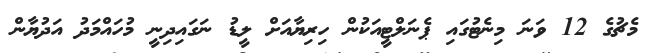
މެޗުގެ 12 ވަނަ މިނެޓުގައި ޕެނަލްޓީއަކުން ހިރިޔާއަށް ލީޑު ނަގައިދިނީ މުހައްމަދު އަދުޔާން